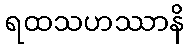
ရထသဟဿာနိ